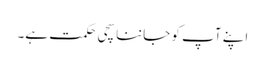
اپنے آپ کو جاننا سچی حکمت ہے۔